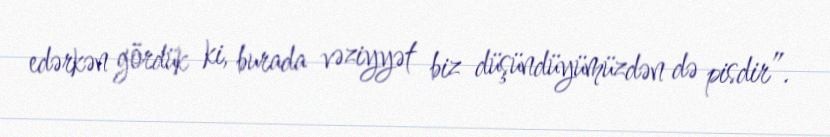
edərkən gördük ki, burada vəziyyət biz düşündüyümüzdən də pisdir”.